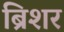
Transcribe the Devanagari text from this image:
ब्रिशर